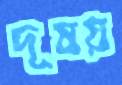
দূষয়